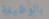
بالوظيفة